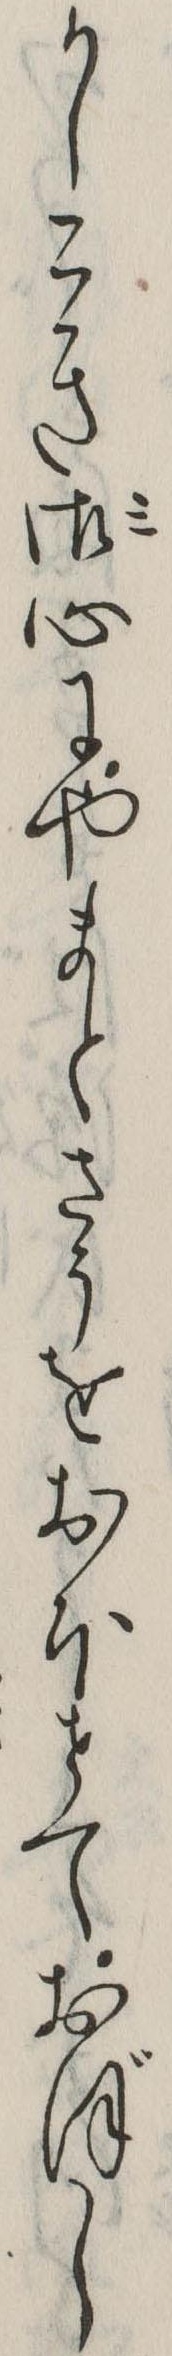
かしこき御心にやまとさうをおほせておぼし